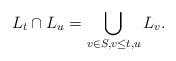
LaTeX: \begin{align*} L_t\cap L_u = \bigcup_{v\in S, v\le t,u} L_v. \end{align*}